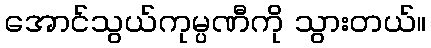
အောင်သွယ်ကုမ္ပဏီကို သွားတယ်။